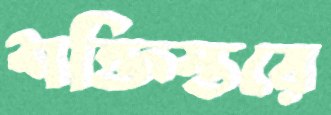
শক্তিস্তরে